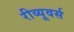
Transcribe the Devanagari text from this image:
रीव्यूवर्स